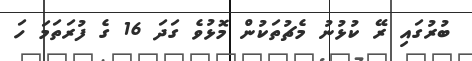
ބުރުގައި ރޭ ކުޅުނު މެޗުތަކުން މޮޅުވެ ގަދަ 16 ގެ ފުރަތަމަ ހަ